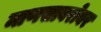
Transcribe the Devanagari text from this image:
माणसाबरोबर